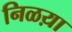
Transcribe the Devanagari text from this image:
निळय़ा